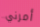
أمرني